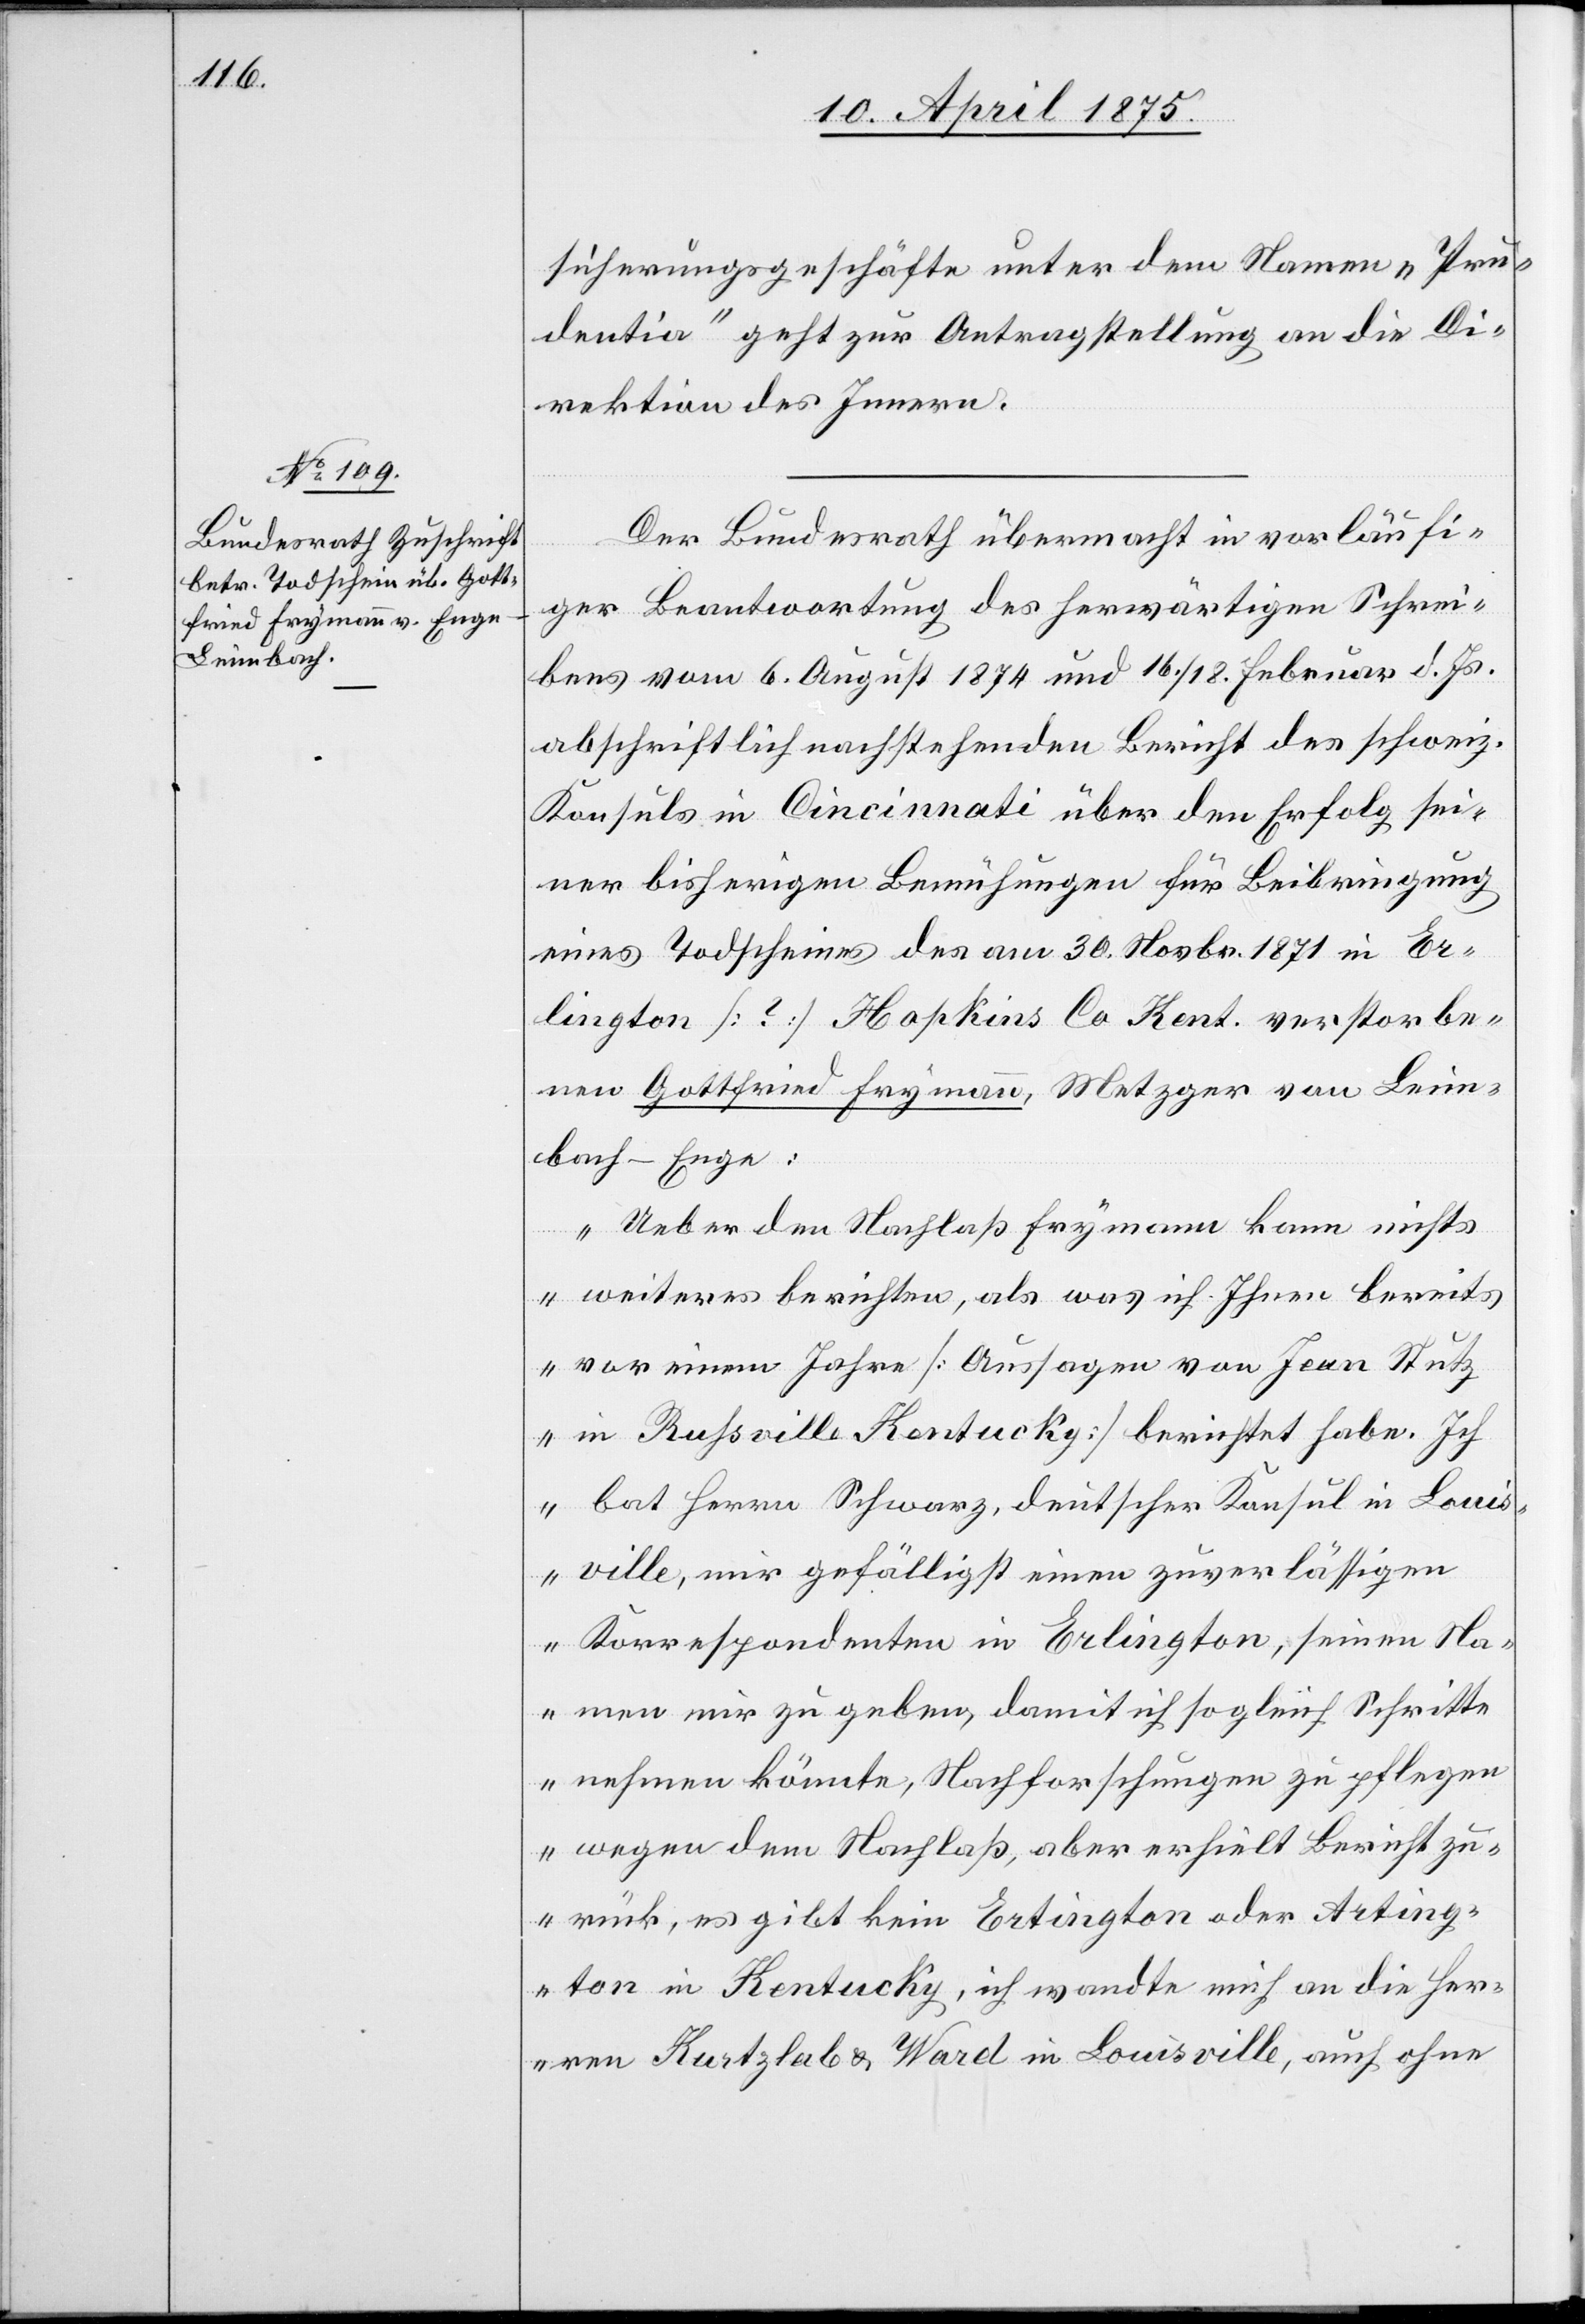
10. April 1875.]
sicherungsgeschäfte unter dem Namen „Pru¬
dentia“ geht zur Antragstellung an die Di¬
rektion des Innern.
Der Bundesrath übermacht in vorläufi¬
ger Beantwortung des herwärtigen Schrei¬
bens vom 6. August 1874 und 16./18. Februar d. Js.
abschriftlich nachstehenden Bericht des schweiz.
Konsuls in Cincinnati über den Erfolg sei¬
ner bisherigen Bemühungen für Beibringung
eines Todscheines des am 30. Novbr. 1871 in Er¬
lington [?] Hapkins Co. Kent. erstorbe¬
nen Gottfried Frymann, Metzger von Leim¬
bach-Enge.
„Ueber den Nachlaß Frymann kann nicht¬
s weiteres berichten, als was ich ihnen bereits
vor einem Jahre [Aussagen von Jean Stutz
in Rufsville Kentucky] berichtet habe. Ich
bat Herrn Schwarz, deutscher Konsul in Louis¬
ville, mit gefälligst einen zuverlässigen
Korrespondenten in Erlington, seinen Na¬
men mit zu geben, damit ich sogleich Schritte
nehmen könnte, Nachforschungen zu pflegen
wegen dem Nachlaß, aber erhielt Bericht zu¬
rück, es gibt kein Erlington oder Arting¬
ton in Kentucky, ich wandte mich an die Her¬
ren Kurtzlab & Ward in Louisville, auch ohne